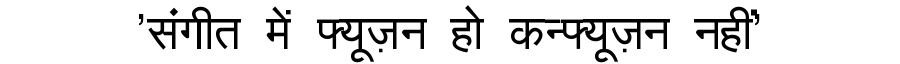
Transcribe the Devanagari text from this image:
'संगीत में फ्यूज़न हो कन्फ्यूज़न नहीं'